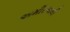
અમીરઅલી